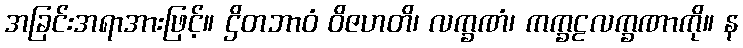
အခြင်းအရာအားဖြင့်။ ဌိတဘာဝံ ဝိဇဟတိ၊ လက္ခဏံ၊ ကက္ခဠလက္ခဏာကို။ န